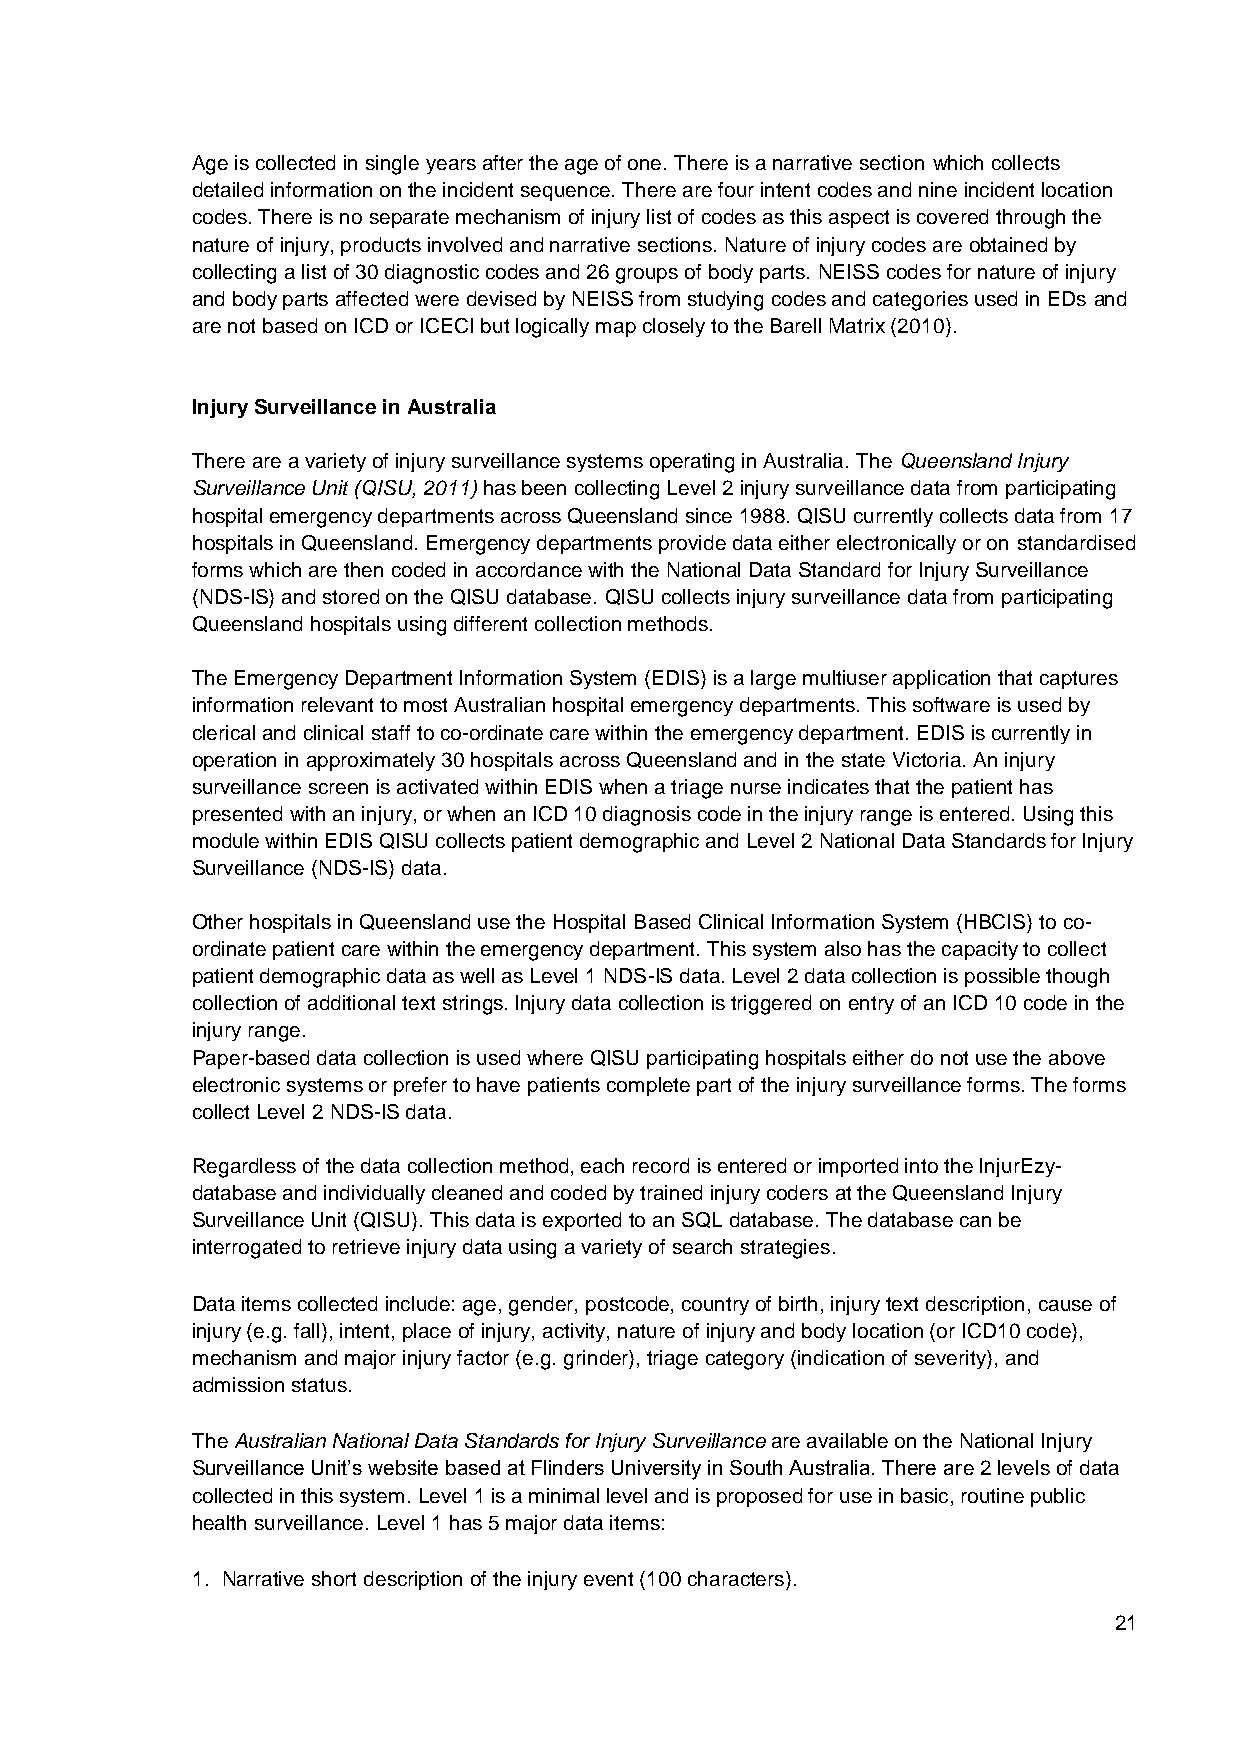
Age is collected in single years after the age of one. There is a narrative section which collects
 detailed information on the incident sequence. There are four intent codes and nine incident location
 codes. There is no separate mechanism of injury list of codes as this aspect is covered through the
 nature of injury, products involved and narrative sections. Nature of injury codes are obtained by
 collecting a list of 30 diagnostic codes and 26 groups of body parts. NEISS codes for nature of injury
 and body parts affected were devised by NEISS from studying codes and categories used in EDs and
 are not based on ICD or ICECI but logically map closely to the Barell Matrix (2010).
 Injury Surveillance in Australia
 There are a variety of injury surveillance systems operating in Australia. The Queensland Injury
 Surveillance Unit (QISU, 2011) has been collecting Level 2 injury surveillance data from participating
 hospital emergency departments across Queensland since 1988. QISU currently collects data from 17
 hospitals in Queensland. Emergency departments provide data either electronically or on standardised
 forms which are then coded in accordance with the National Data Standard for Injury Surveillance
 (NDS-IS) and stored on the QISU database. QISU collects injury surveillance data from participating
 Queensland hospitals using different collection methods.
 The Emergency Department Information System (EDIS) is a large multiuser application that captures
 information relevant to most Australian hospital emergency departments. This software is used by
 clerical and clinical staff to co-ordinate care within the emergency department. EDIS is currently in
 operation in approximately 30 hospitals across Queensland and in the state Victoria. An injury
 surveillance screen is activated within EDIS when a triage nurse indicates that the patient has
 presented with an injury, or when an ICD 10 diagnosis code in the injury range is entered. Using this
 module within EDIS QISU collects patient demographic and Level 2 National Data Standards for Injury
 Surveillance (NDS-IS) data.
 Other hospitals in Queensland use the Hospital Based Clinical Information System (HBCIS) to co-
 ordinate patient care within the emergency department. This system also has the capacity to collect
 patient demographic data as well as Level 1 NDS-IS data. Level 2 data collection is possible though
 collection of additional text strings. Injury data collection is triggered on entry of an ICD 10 code in the
 injury range.
 Paper-based data collection is used where QISU participating hospitals either do not use the above
 electronic systems or prefer to have patients complete part of the injury surveillance forms. The forms
 collect Level 2 NDS-IS data.
 Regardless of the data collection method, each record is entered or imported into the InjurEzy-
 database and individually cleaned and coded by trained injury coders at the Queensland Injury
 Surveillance Unit (QISU). This data is exported to an SQL database. The database can be
 interrogated to retrieve injury data using a variety of search strategies.
 Data items collected include: age, gender, postcode, country of birth, injury text description, cause of
 injury (e.g. fall), intent, place of injury, activity, nature of injury and body location (or ICD10 code),
 mechanism and major injury factor (e.g. grinder), triage category (indication of severity), and
 admission status.
 The Australian National Data Standards for Injury Surveillance are available on the National Injury
 Surveillance Unit’s website based at Flinders University in South Australia. There are 2 levels of data
 collected in this system. Level 1 is a minimal level and is proposed for use in basic, routine public
 health surveillance. Level 1 has 5 major data items:
 1. Narrative short description of the injury event (100 characters).
 21